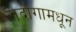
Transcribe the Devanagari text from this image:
लदोगामधून